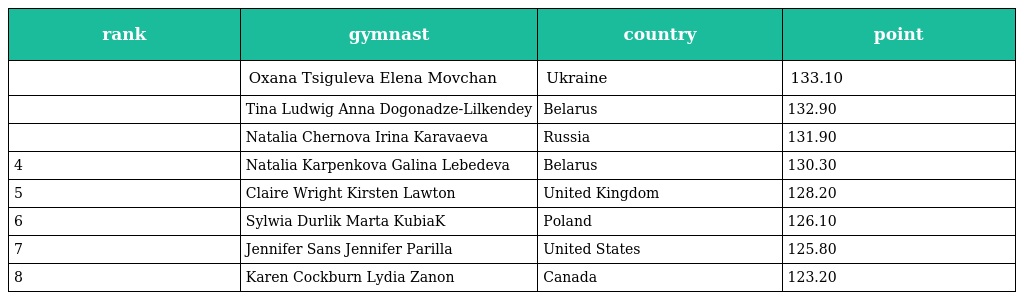
| rank | gymnast | country | point |
 | --- | --- | --- | --- |
 |  | Oxana Tsiguleva Elena Movchan | Ukraine | 133.10 |
 |  | Tina Ludwig Anna Dogonadze-Lilkendey | Belarus | 132.90 |
 |  | Natalia Chernova Irina Karavaeva | Russia | 131.90 |
 | 4 | Natalia Karpenkova Galina Lebedeva | Belarus | 130.30 |
 | 5 | Claire Wright Kirsten Lawton | United Kingdom | 128.20 |
 | 6 | Sylwia Durlik Marta KubiaK | Poland | 126.10 |
 | 7 | Jennifer Sans Jennifer Parilla | United States | 125.80 |
 | 8 | Karen Cockburn Lydia Zanon | Canada | 123.20 |